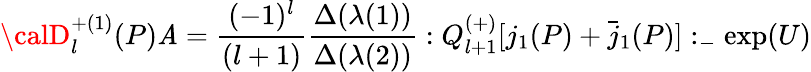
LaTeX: {\calD}_{l}^{+(1)}(P){\cal\mathit{A}}=\frac{{(-1)^{l}}}{{(l+1)}}\frac{{\Delta(\lambda(1))}}{{\Delta(\lambda(2))}}:Q_{l+1}^{(+)}[j_{1}(P)+\bar{{j}}_{1}(P)]:_{-}\exp(U)